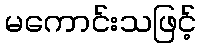
မကောင်းသဖြင့်